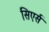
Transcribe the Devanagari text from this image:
सिएर्स